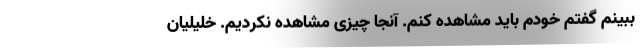
ببینم گفتم خودم باید مشاهده کنم. آنجا چیزی مشاهده نکردیم. خلیلیان